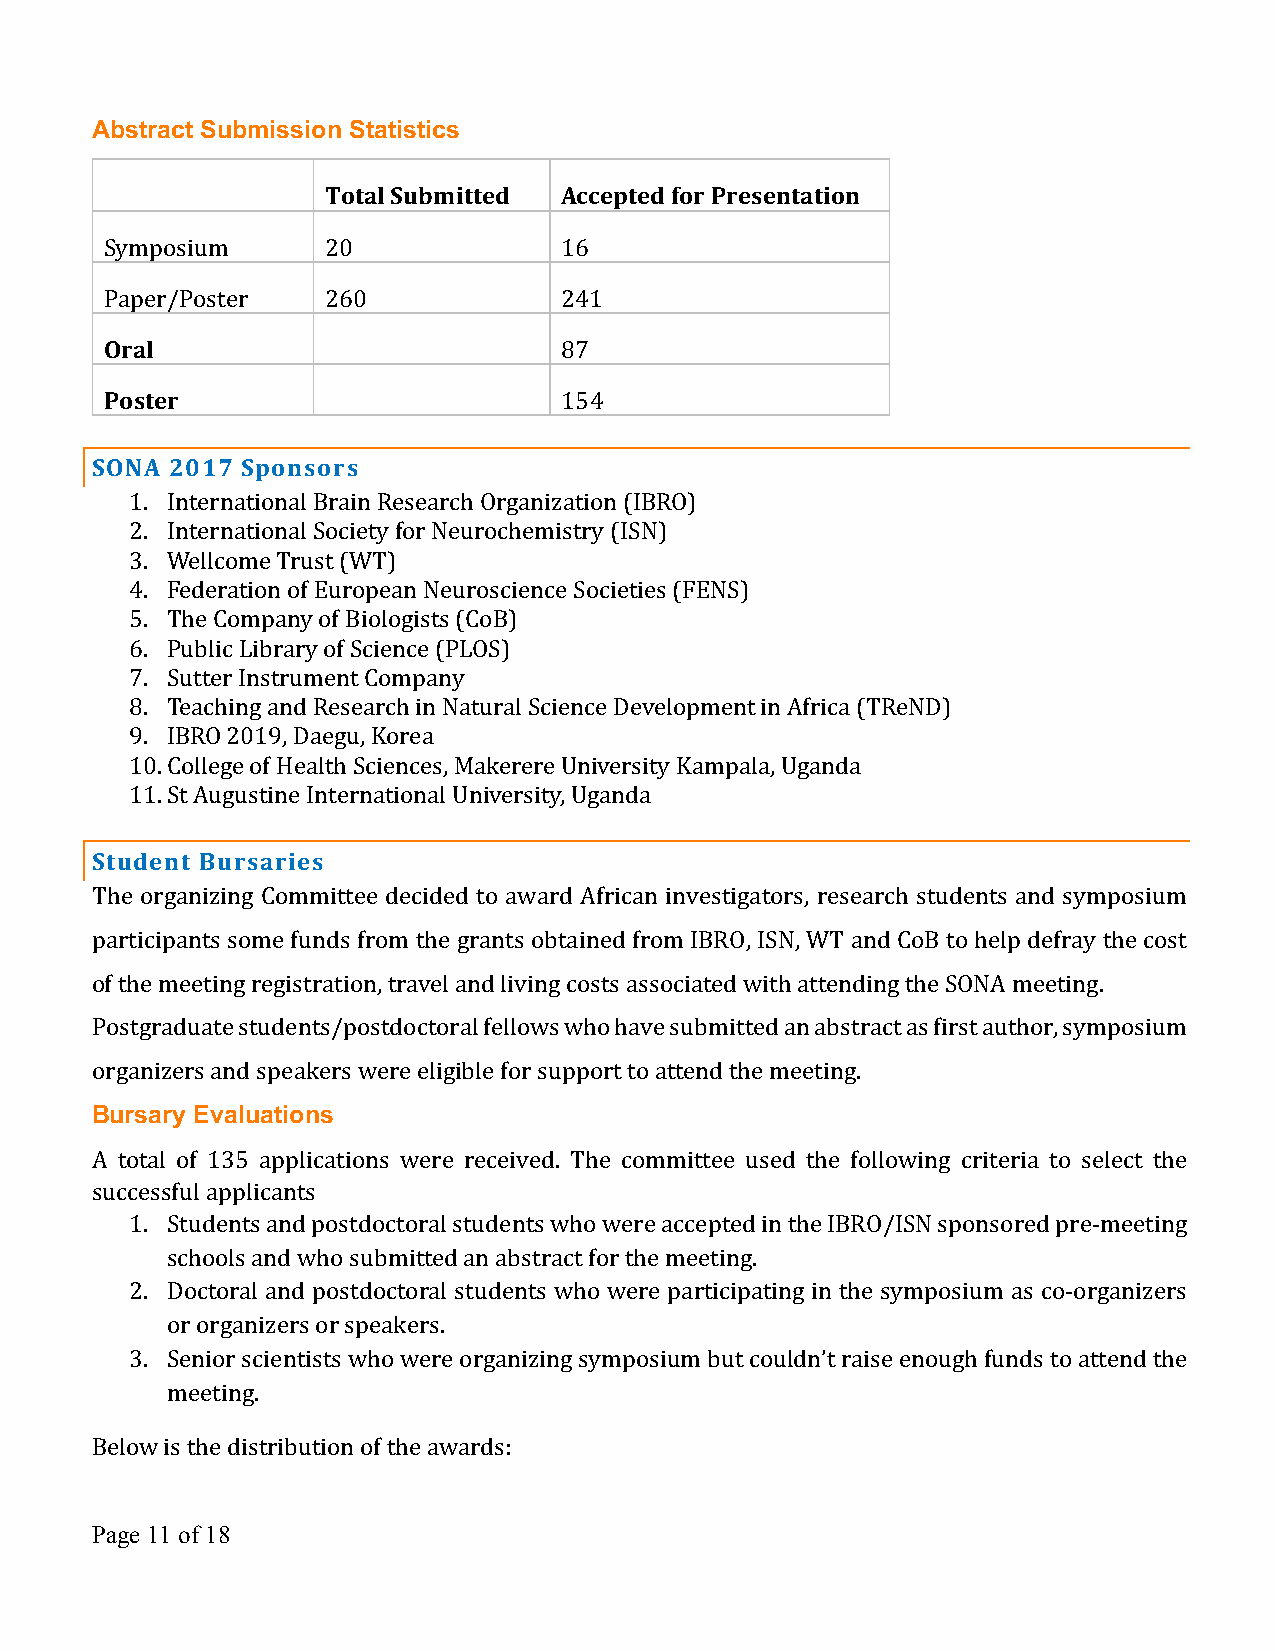
Abstract Submission Statistics
 Total Submitted Accepted for Presentation
 Symposium      20             16
 Paper/Poster   260            241
 Oral                          87
 Poster                        154
 SONA 2017 Sponsors
 1. International Brain Research Organization (IBRO)
 2. International Society for Neurochemistry (ISN)
 3. Wellcome Trust (WT)
 4. Federation of European Neuroscience Societies (FENS)
 5. The Company of Biologists (CoB)
 6. Public Library of Science (PLOS)
 7. Sutter Instrument Company
 8. Teaching and Research in Natural Science Development in Africa (TReND)
 9. IBRO 2019, Daegu, Korea
 10. College of Health Sciences, Makerere University Kampala, Uganda
 11. St Augustine International University, Uganda
 Student Bursaries
 The organizing Committee decided to award African investigators, research students and symposium
 participants some funds from the grants obtained from IBRO, ISN, WT and CoB to help defray the cost
 of the meeting registration, travel and living costs associated with attending the SONA meeting.
 Postgraduate students/postdoctoral fellows who have submitted an abstract as first author, symposium
 organizers and speakers were eligible for support to attend the meeting.
 Bursary Evaluations
 A total of 135 applications were received. The committee used the following criteria to select the
 successful applicants
 1. Students and postdoctoral students who were accepted in the IBRO/ISN sponsored pre-meeting
 schools and who submitted an abstract for the meeting.
 2. Doctoral and postdoctoral students who were participating in the symposium as co-organizers
 or organizers or speakers.
 3. Senior scientists who were organizing symposium but couldn’t raise enough funds to attend the
 meeting.
 Below is the distribution of the awards:
 Page 11 of 18